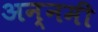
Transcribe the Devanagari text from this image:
अन्नमी